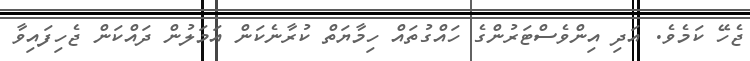
ޖެހޭ ކަމެވެ. އަދި އިންވެސްޓަރުންގެ ހައްގުތައް ހިމާޔަތް ކުރާނެކަން އަމަލުން ދައްކަން ޖެހިފައިވާ